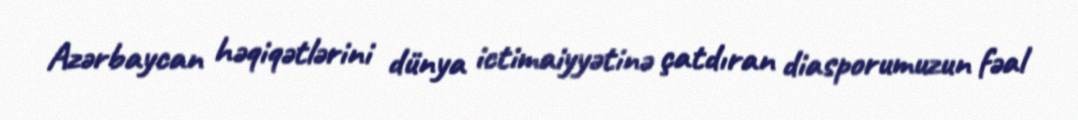
Azərbaycan həqiqətlərini dünya ictimaiyyətinə çatdıran diasporumuzun fəal